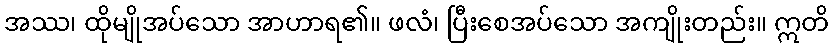
အဿ၊ ထိုမျိုအပ်သော အာဟာရ၏။ ဖလံ၊ ပြီးစေအပ်သော အကျိုးတည်း။ ဣတိ